Rangoon Lunatic Asylum 1878-1892 - 1878-1892
Year: 1878
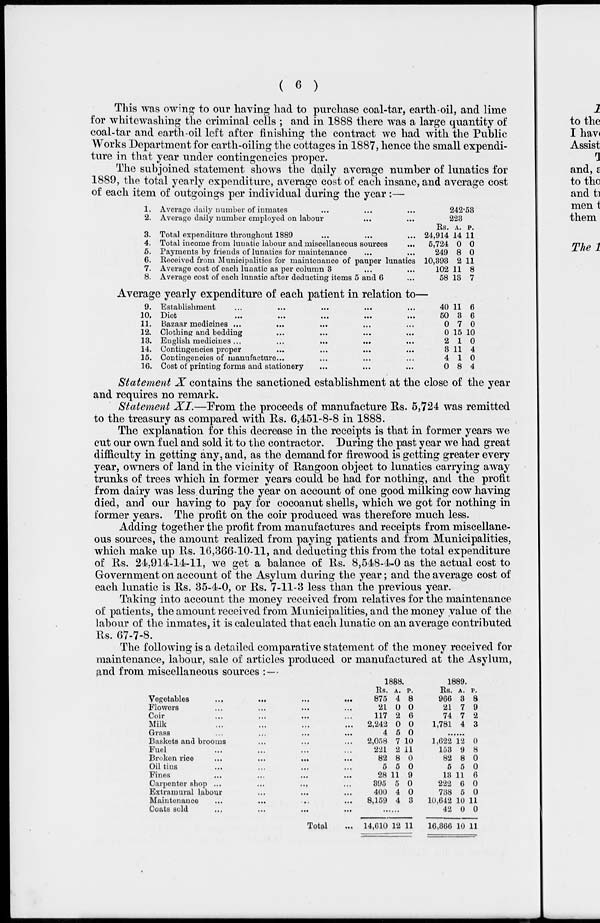
( 6 )
This was owing to our having had to purchase coal-tar, earth-oil, and lime
for whitewashing the criminal cells ; and in 1888 there was a large quantity of
coal-tar and earth-oil left after finishing the contract we had with the Public
Works Department for earth-oiling the cottages in 1887, hence the small expendi-
ture in that year under contingencies proper.
The subjoined statement shows the daily average number of lunatics for
1889, the total yearly expenditure, average cost of each insane, and average cost
of each item of outgoings per individual during the year:—
1.
2.
Average daily number of inmates ... ... ...
Average daily number employed on labour ... ...
3.
4.
5.
6.
7.
.8.
Total expenditure throughout 1889 ... ... ...
Total income from lunatic labour and miscellaneous sources ...
Payments by friends of lunatics for maintenance ... ...
Received from Municipalities for maintenance of pauper lunatics
Average cost of each lunatic as per column 3 ... ...
Average cost of each lunatic after deducting items 5 and 6 ...
242.53
223
Rs.
24,914
5,724
249
10,393
102
58
A.
14
0
8
2
11
13
P.
11
0
0
11
8
7
Average yearly expenditure of each patient in relation to—
9.
10.
11. 12.
13.
14.
15.
16.
Establishment ... ... ... ... ...
Diet ... ... ... ... ...
Bazaar medicines ...
...
...
...
...
Clothing and bedding ... ... ... ... ...
English medicines...
...
...
...
...
Contingencies proper ... ... ... ...
Contingencies of manufacture... ... ... ...
Cost of printing forms and stationery ... ... ...
40
50
0
0
2
3
4
0
11
3
7
15
1
11
1
8
6
6
0
10
0
4
0
4
Statement X contains the sanctioned establishment at the close of the year
and requires no remark.
Statement XI.—From the proceeds of manufacture Rs. 5,724 was remitted
to the treasury as compared with Rs. 6,451-8-8 in 1888.
The explanation for this decrease in the receipts is that in former years we
cut our own fuel and sold it to the contractor. During the past year we had great
difficulty in getting any, and, as the demand for firewood is getting greater every
year, owners of land in the vicinity of Rangoon object to lunatics carrying away
trunks of trees which in former years could be had for nothing, and the profit
from dairy was less during the year on account of one good milking cow having
died, and our having to pay for cocoanut shells, which we got for nothing in
former years. The profit on the coir produced was therefore much less.
Adding together the profit from manufactures and receipts from miscellane-
ous sources, the amount realized from paying patients and from Municipalities,
which make up Rs. 16,366-10-11, and deducting this from the total expenditure
of Rs. 24,914-14-11, we get a balance of Rs. 8,548-4-0 as the actual cost to
Government on account of the Asylum during the year; and the average cost of
each lunatic is Rs. 35-4-0, or Rs. 7-11-3 less than the previous year.
Taking into account the money received from relatives for the maintenance
of patients, the amount received from Municipalities, and the money value of the
labour of the inmates, it is calculated that each lunatic on an average contributed
Rs. 67-7-8.
The following is a detailed comparative statement of the money received for
maintenance, labour, sale of articles produced or manufactured at the Asylum,
and from miscellaneous sources :—
Vegetables ... ... ... ...
Flowers ... ... ... ...
Coir ... ... ... ...
Milk ... ... ... ...
Grass ... ... ... ...
Baskets and brooms ... ... ...
Fuel ... ... ... ...
Broken rice ... ... ... ...
Oil tins ... ... ... ...
Fines ... ... ... ...
Carpenter shop
...
...
...
...
Extramural labour ... ... ...
Maintenance ... ... ... ...
Coats sold ... ... ... ...
Total ...
1888.
Rs.
875
21
117
2,242
4
2,058
221
82
5
28
395
400
8,159
A.
4
0
2
0
5
7
2
8
5
11
5
4
4
P.
8
0
6
0
0
10
11
0
0
9
0
0
3
......
14,610 12 11
1889.
Rs.
966
21
74
1,781
A.
3
7
7
4
P.
8
9
2
3
......
1,622
153
82
5
13
222
738
10,642
42
16,366
12
9
8
5
11
6
5
10
0
10
0
8
0
0
6
0
0
11
0
11